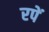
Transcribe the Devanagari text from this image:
रपें